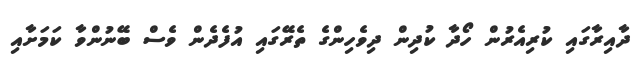
ދާއިރާގައި ކުރިއެރުން ހޯދާ ކުދިން ދިވެހިންގެ ތެރޭގައި އުފެދެން ވެސް ބޭނުންވާ ކަމަށާއި